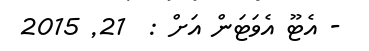
- އެޓޫ އެވަޓަން އަށް :  21